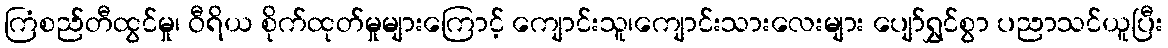
ကြံစည်တီထွင်မှု၊ ဝီရိယ စိုက်ထုတ်မှုများကြောင့် ကျောင်းသူ၊ကျောင်းသားလေးများ ပျော်ရွှင်စွာ ပညာသင်ယူပြီး